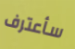
سأعترف